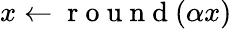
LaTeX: x\leftarrow\mathrm{~r~o~u~n~d~}(\alpha x)